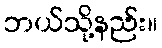
ဘယ်သို့နည်း။